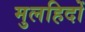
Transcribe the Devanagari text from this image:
मुलहिदों